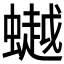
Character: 𧑅